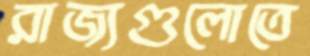
রাজ্যগুলোতে